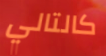
كالتالي